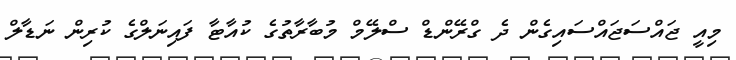
މިއީ ޖައްސަޖައްސައިގެން ދެ ގްރޭންޑް ސްލޭމް މުބާރާތުގެ ކުއާޓާ ފައިނަލްގެ ކުރިން ނަޑާލް